Vaccination in the Punjab 1883-1896 - 1883-1896
Year: 1883
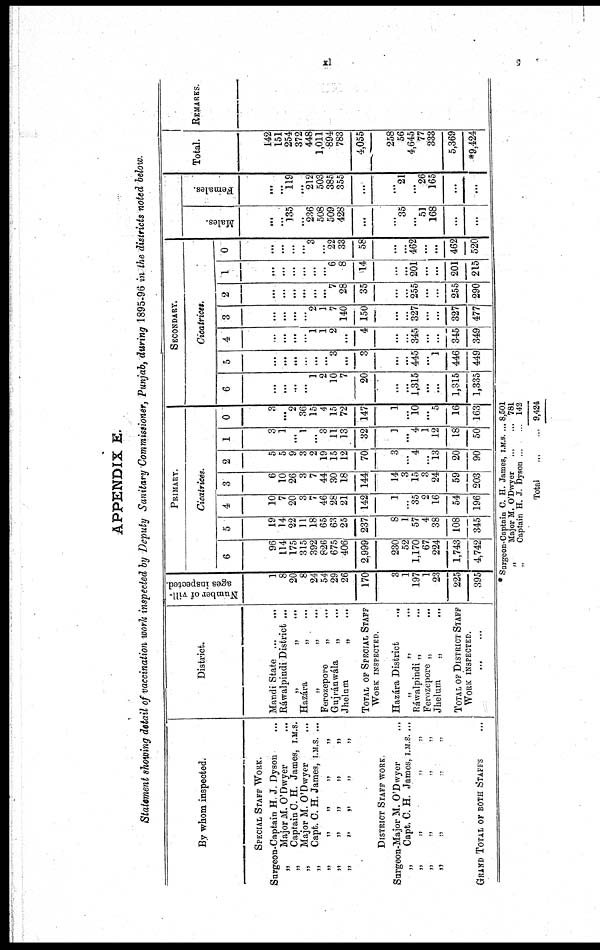
xi
APPENDIX E.
Statement showing detail of vaccination work inspected by Deputy Sanitary Commissioner, Punjab, during 1895-96 in the districts noted below.
By whom inspected.
SPECIAL STAFF WORK.
Surgeon-Captain H. J. Dyson ...
„
Major M. O' Dwyer ...
„
Captain C. H. James, I.M.S.
„
Major M. O'Dwyer ...
„
Capt. C. H. James, I.M.S. ...
„ „ „ „ „
„ „ „ „ „
„ „ „ „ „
DISTRICT STAFF WORK.
Surgeon-Major M. O'Dwyer
„
Capt. C. H. James, I.M.S. ...
„ „ „ „
„ „ „ „
„
„ „ „
GRAND TOTAL OF BOTH STAFFS ...
District.
Mandi State ...
...
Ráwalpindi District ...
„
„
...
Hazára
„ ...
„ „
...
Ferozepore
„ ...
Gujránwála
„ ...
Jhelum
„
...
TOTAL OF SPECIAL STAFF
WORK INSPECTED.
Hazára District
...
„ „
...
Ráwalpindi „ ...
Ferozepore „ ...
Jhelum
„
...
TOTAL OF DISTRICT STAFF
WORK INSPECTED.
... ...
Number of vill-
ages inspected.
1
8
20
8
24
54
29
26
170
3
1
197
1
23
225
395
PRIMARY.
Cicatrices.
6
96
114
175
315
392
826
675
406
2,999
230
52
1,170
67
224
1,743
4,742
5
19
14
22
11
18
65
63
25
237
8
1
57
4
38
108
345
4
10
7
20
3
7
46
28
21
142
1
...
35
2
16
54
196
3
6
10
26
3
7
44
30
18
144
14
3
15
3
24
59
203
2
5
5
9
3
2
19
15
12
70
3
...
4
...
13
20
90
1
3
1
...
1
3
11
13
32
1
...
4
1
12
18
50
0
3
...
2
36
15
4
15
72
147
1
...
10
...
5
16
163
SECONDARY.
Cicatrices.
6
...
...
...
...
1
2
10
7
20
...
...
1,315
...
...
1,315
1,335
5
...
...
...
...
...
...
3
...
3
...
...
445
...
1
446
449
4
...
...
...
...
1
1
2
...
4
...
...
345
...
...
345
349
3
...
...
...
...
2
1
7
140
150
...
...
327
...
...
327
477
2
...
...
...
...
...
...
7
28
35
...
...
255
...
...
255
290
1
...
...
...
...
...
...
6
8
14
...
...
201
...
...
201
215
0
...
...
...
...
3
...
22
33
58
...
...
462
...
...
462
520
Males.
...
...
135
...
236
508
509
428
...
...
35
...
51
168
...
...
Females.
...
...
119
...
212
503
385
355
...
...
21
...
26
165
...
...
Total.
142
151
254
372
448
1,011
894
783
4,055
258
56
4,645
77
333
5,369
*9,424
REMARKS.
* Surgeon-Captain C. H. James, I.M.S. ...
„
Major M. O'Dwyer
...
...
„
Captain H. J. Dyson ... ...
Total
...
...
8,501
781
142
9,424